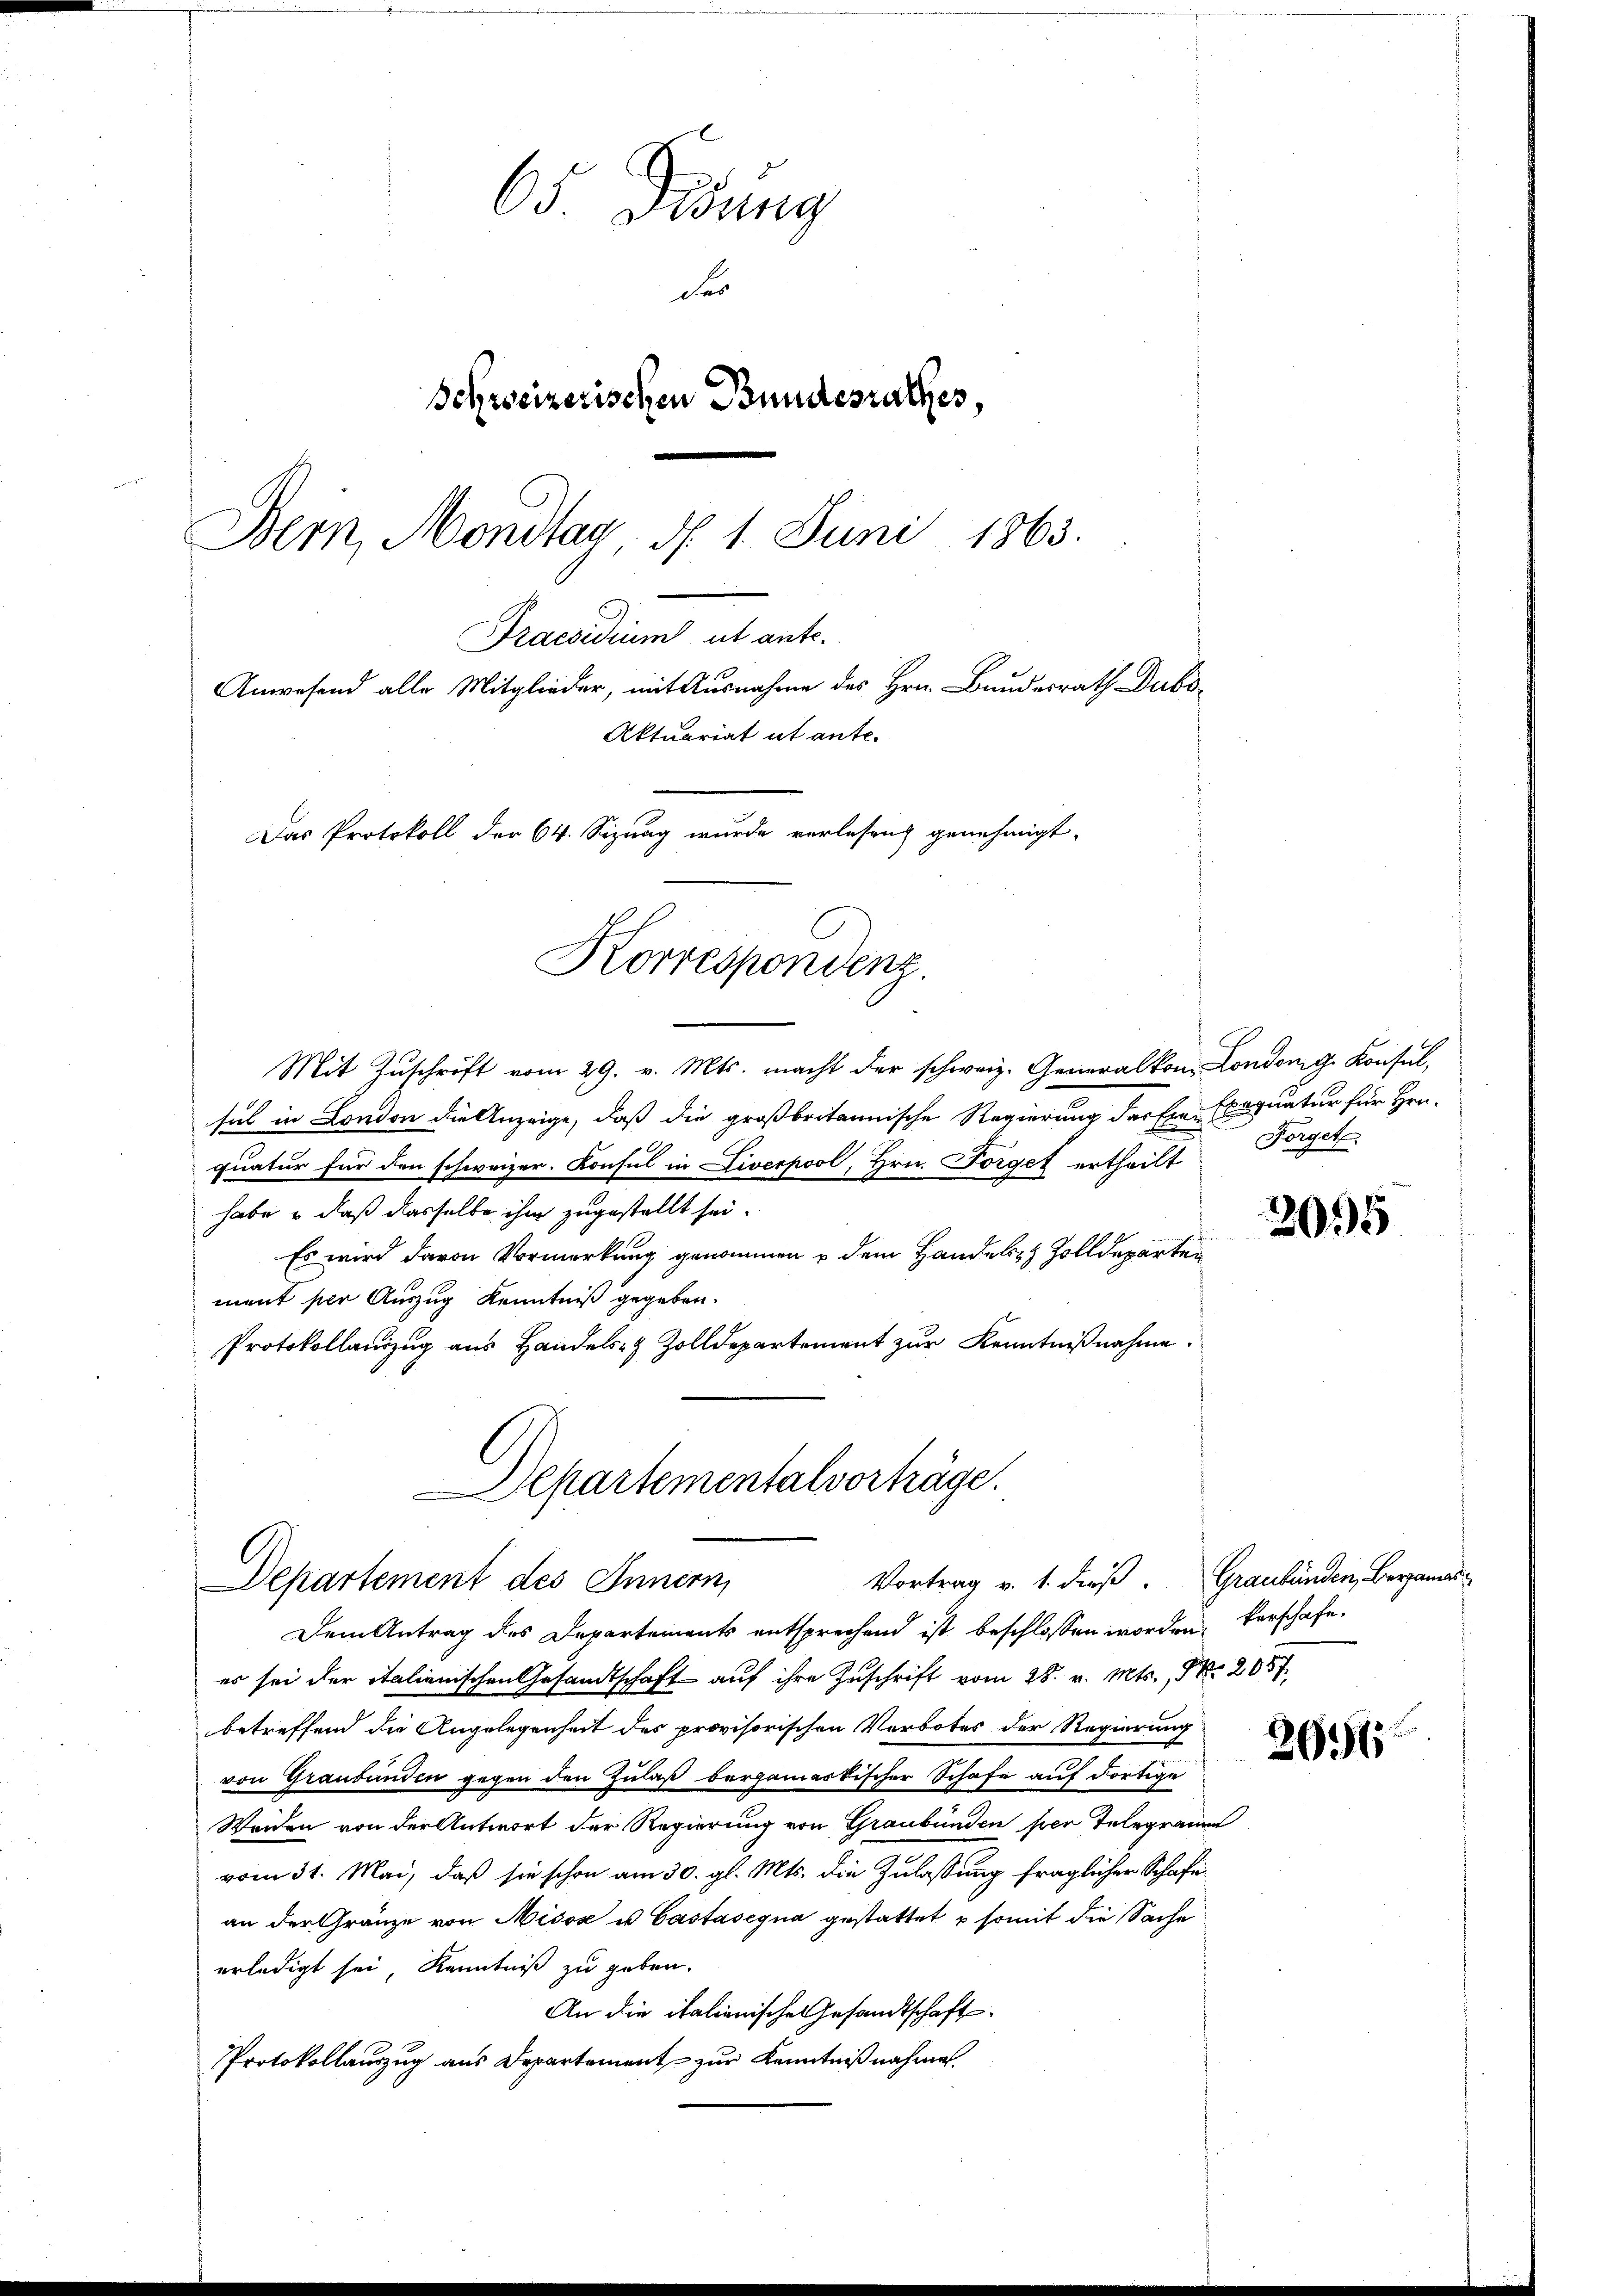
65 Dedung
Fes
Schweizerischen Bundesrathes,
Bern, Mondtag, d. 1. Juni 1863.
Praesidium ut ante.
Anwesend alle Mitglieder, mit Ausnahme des Hrn. Bundesrath Dubs-
Aktuariat ut ante.
Das Protokoll der 64. Sizung wurde verlesen genehmigt.

Korrespondenz.

Mit Zŭschrift vom 29. v. Mts. macht der schweiz. Generalkon Londonig Konsul,
sal in London die Anzeige, daß die großbritannische Regierung der Ein Exequatur für Hrn.
quatur für den schweizer. Konsul in Liverpool, Hrn. Förget ertheilt
habe & daß dasselbe ihm zugestellt sei.
Es wird davon Vormerkung genommen u dem Handels Zolldeparten
ment per Auszug Kenntniß gegeben.
Protokollauszug aus Handels- & Zolldepartement zur Kenntnißnahme.

Departementalvorträge.
Departement des Innern,

Dem Antrag des Departements entsprechend ist beschlossen worden, verschafe.
es sei der italienischen Gesandtschaft auf ihre Zuschrift vom 28. v. Mts., Nr. 2057
betreffend die Angelegenheit des provisorischen Verbotes der Regierung
von Graubünden gegen den Zulaß bergamastischer Schafe auf dortige
Weiden von der Antwort der Regierung von Graubünden per Telegramm
vom 31. Mai, daß sie schon am 30. gl. Mts. die Zulassung fraglicher Schaftan der Gränze von Misox u. Castasigna gestattet & somit die Sache
erledigt sei Kenntniß zu geben.
An die italienische Gesandtschaft
Protokollauszug aus Departement zur Kenntnißnahme.

Forget

2095

Vortrag v. 1. dieß Graubünden, Bergamas

2616